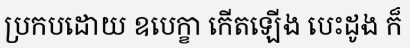
ប្រកបដោយ ឧបេក្ខា កើតឡើង បេះដូង ក៏